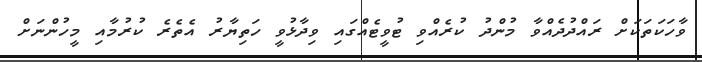
ވާހަކަތަކަށް ރައްދުދެއްވާ މުންދު ކުރެއްވި ޓުވީޓެއްގައި ވިދާޅުވީ ހަތިޔާރު އެތެރެ ކުރުމާއި މީހުންނަށް